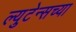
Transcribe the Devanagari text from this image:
ल्युटेन्सच्‍या